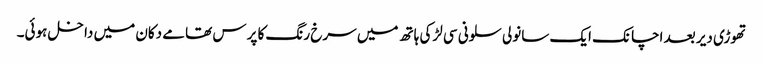
تھوڑی دیر بعد اچانک ایک سانولی سلونی سی لڑکی ہاتھ میں سرخ رنگ کا پرس تھامے دکان میں داخل ہوئی۔